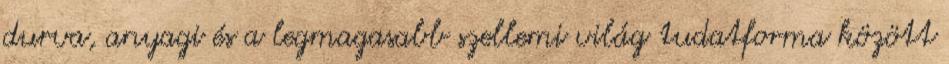
durva, anyagi és a legmagasabb szellemi világ tudatforma között